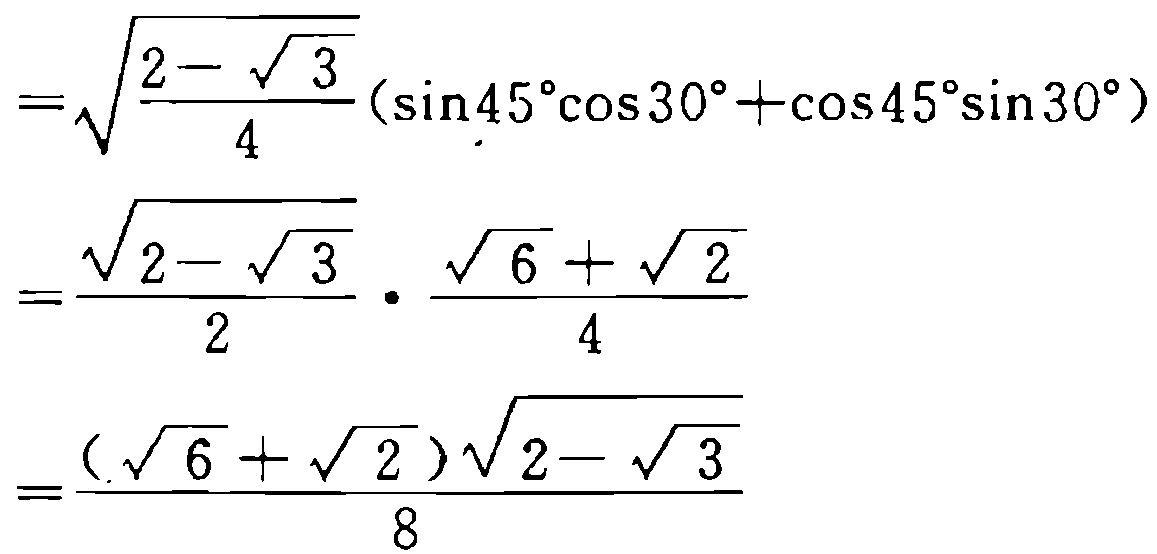
\[
\begin{align*}
&=\sqrt{\frac{2 - \sqrt{3}}{4}}(\sin45^{\circ}\cos30^{\circ}+\cos45^{\circ}\sin30^{\circ})\\
&=\frac{\sqrt{2 - \sqrt{3}}}{2}\cdot\frac{\sqrt{6}+\sqrt{2}}{4}\\
&=\frac{(\sqrt{6}+\sqrt{2})\sqrt{2 - \sqrt{3}}}{8}
\end{align*}
\]